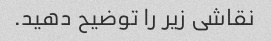
نقاشی زیر را توضیح دهید.